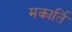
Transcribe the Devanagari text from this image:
मकार्ति